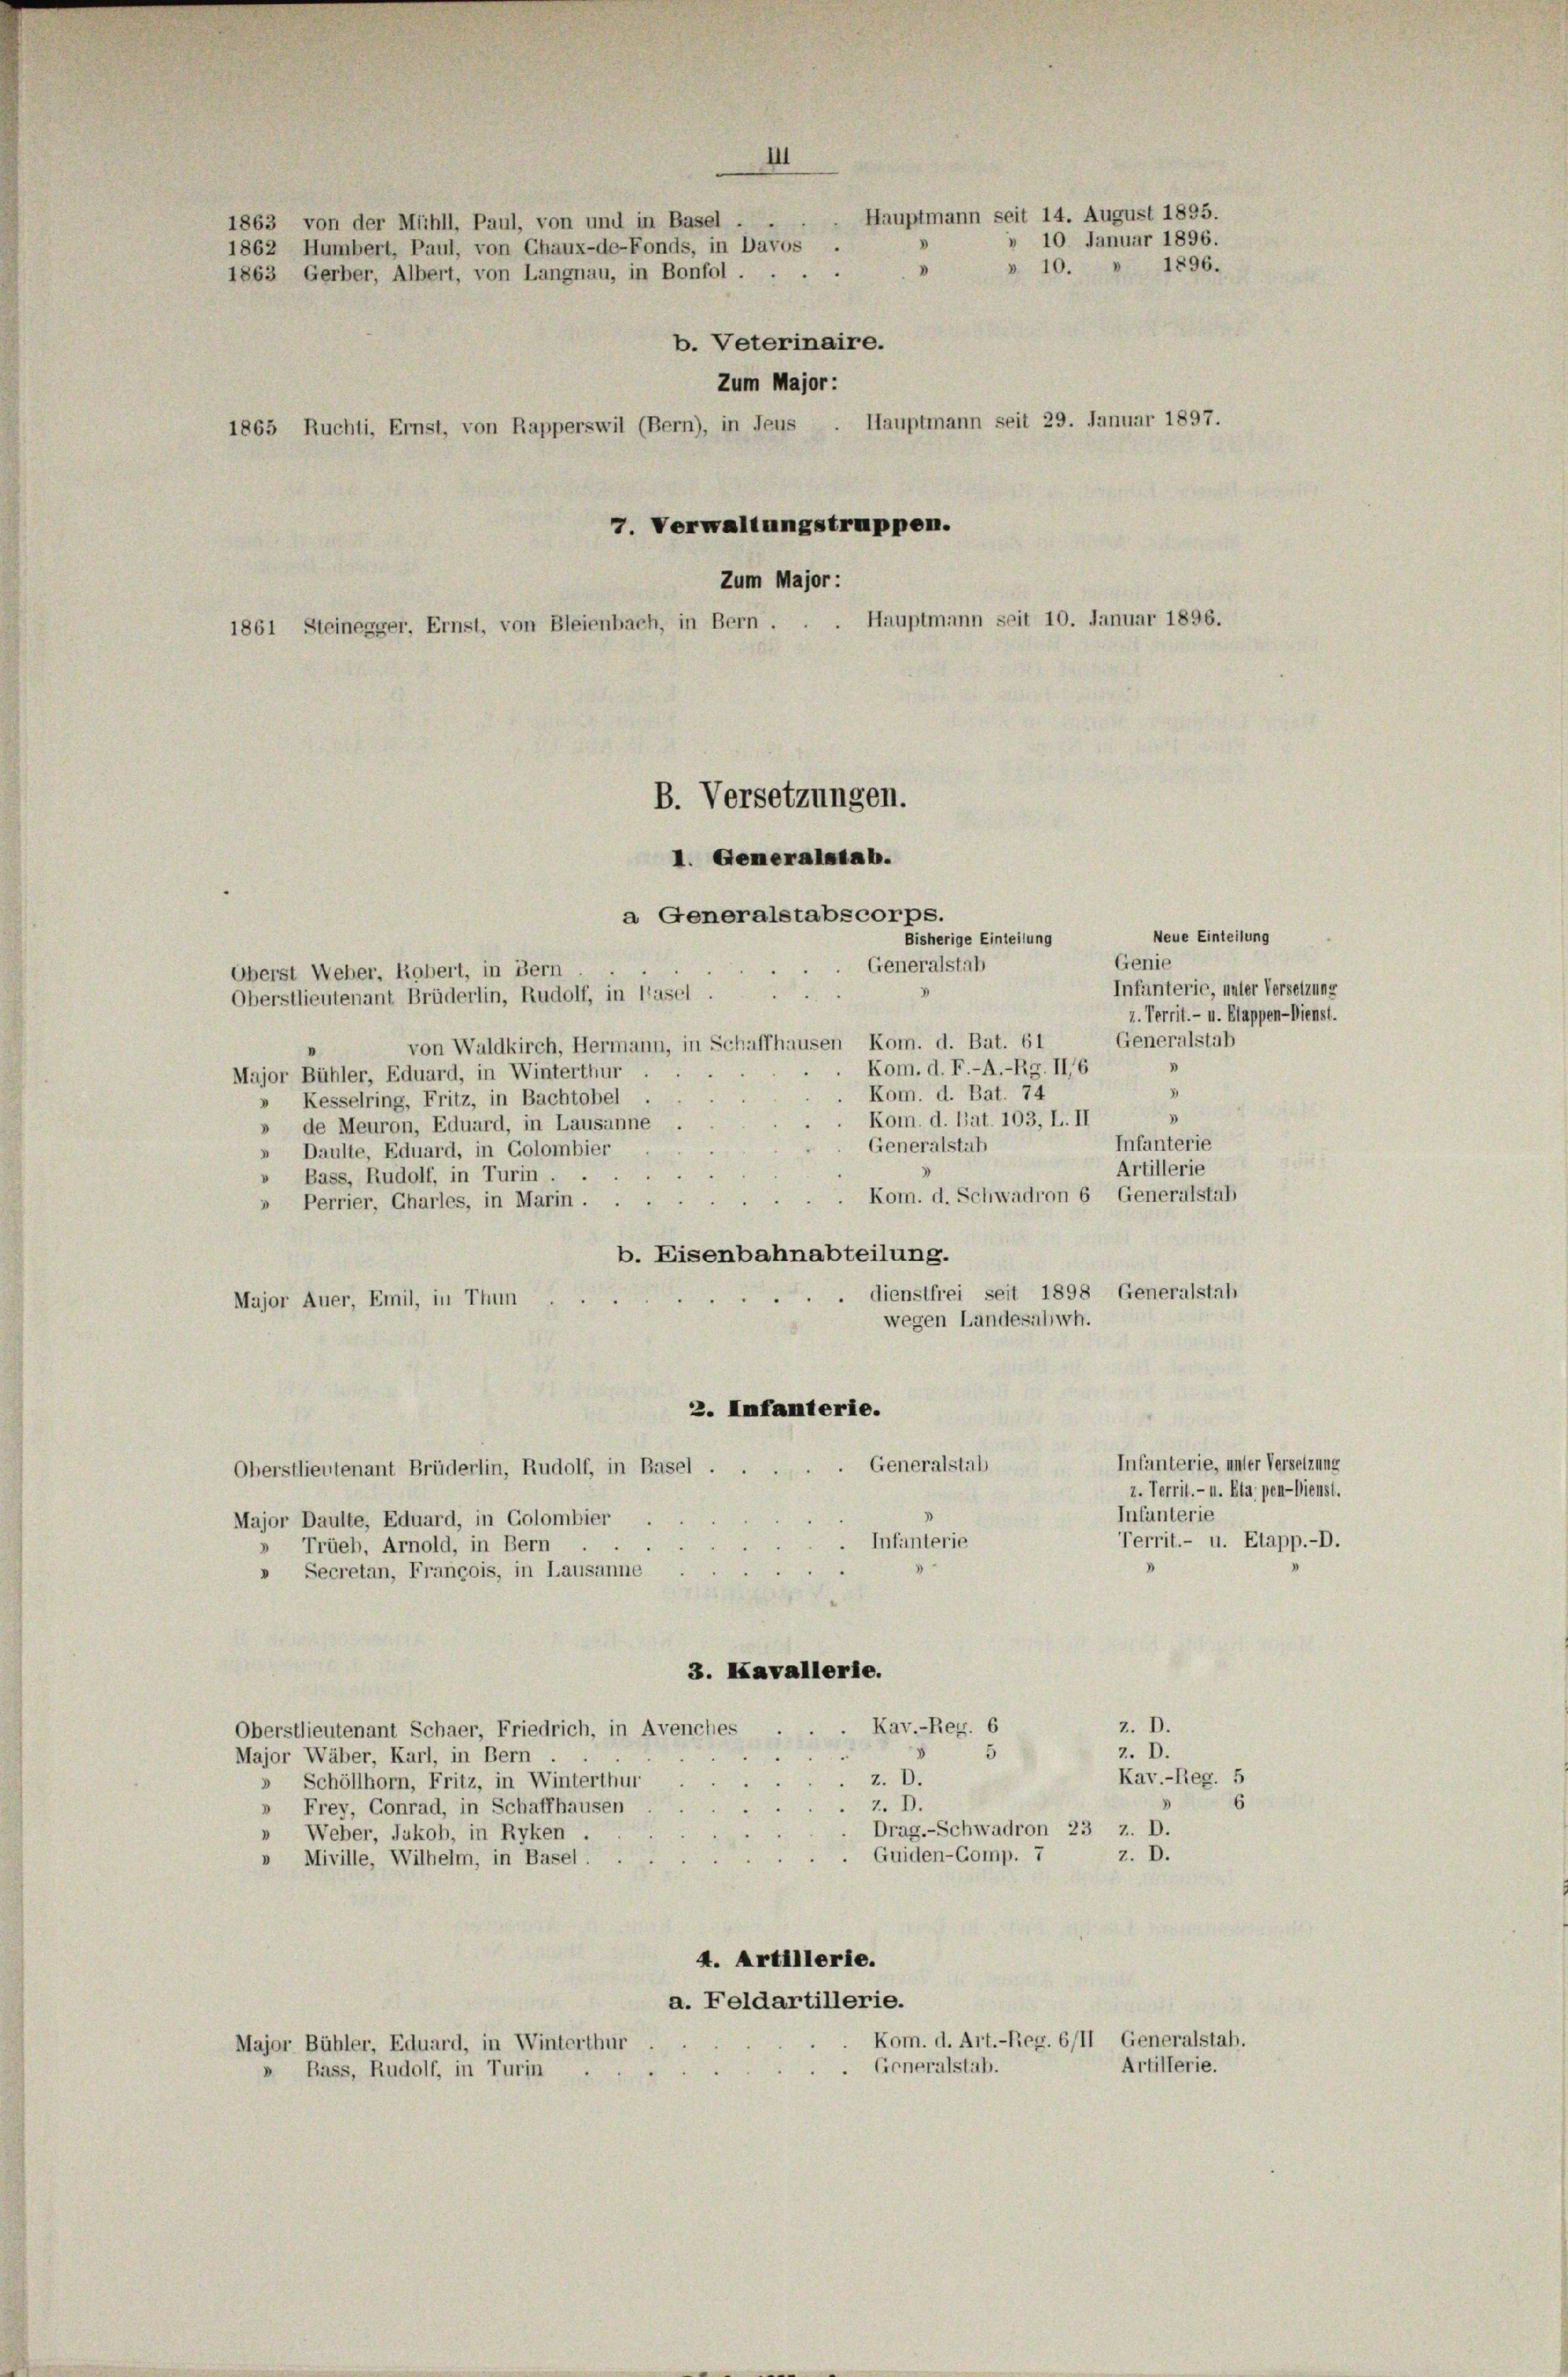
III
Hauptmann seit 14. August 1895.
1863 von der Mühll, Paul, von und in Basel
10. Januar 1896.
1862 Humbert, Paul, von Chaux-de-Fonds, in Davos
1896.
v 10.
V
1863 Gerber, Albert, von Langnau, in Bonfol
b. Veterinaire.
Zum Major:
1865 Ruchti, Ernst, von Rapperswil (Bern), in Jeus . Hauptmann seit 29. Januar 1897.
7. Verwaltungstruppen.
Zum Major :
Hauptmann seit 10. Januar 1896.
1861 Steinegger, Ernst, von Bleienbach, in Bern.

B. Versetzungen.
I. Generalstab.

a Generalstabscorps.
Bisherige Einteilung
Generalstab
Oberst Weber, Robert, in Bern
Oberstlieutenant Brüderlin, Rudolf, in lasel.
7. Territ. - u. Klappen-Dienst.
Generalstab
von Waldkirch, Hermann, in Schaffhausen Kom. d. Bat. 61
Kom. d. F.-A.-Rg. II,6
Major Bühler, Eduard, in Winterthur
"
Kom. d. Bat. 74
Kesselring, Fritz, in Bachtobel
3
Kom. d. lat. 103, L. II
» de Meuron, Eduard, in Lausanne
Infanterie
Generalstab
Daulte, Eduard, in Golombier
Artillerie
Bass, Rudolf, in Turin.
Kom. d. Schwadron 6 Generalstab
» Perrier, Charles, in Marin
b. Eisenbahnabteilung.
dienstfrei seit 1898 Generalstah
Major Auer, Emil, in Thun
wegen Landesabwh.
2. Imfamterie.
Infanterie, unter Versetzung
Generalstab
Oberstlieutenant Brüderlin, Rudolf, in Basel.
z. Territ.- u. Bla pen-Dienst.
Infunterie
Major Daulte, Eduard, in Colombier
Territ.- u. Etapp.-D.
 Infanterie
» Trüeb, Arnold, in Bern
» Secretan, François, in Lausanne
3. Kavallerie.
z. D.
Kav.-Reg. 6
Oberstlieutenant Schaer, Friedrich, in Avenches
5
z. D.
Major Wäber, Karl, in Bern
Kav.-Reg. 5
z. D.
» Schöllhorn, Fritz, in Winterthur
6
Z. D.
» Frey, Conrad, in Schaffhausen
Drag.-Schwadron 23 z. D.
» Weber, Jakob, in Ryken
Guiden-Comp. 7
z. D.
Miville, Wilhelm, in Basel.
V
4. Artillerie.
a. Feldartillerie.
Kom. d. Art.-Reg. 6/11 Generalstab.
Major Bühler, Eduard, in Winterthur
Generalstab.
Artillerie.
» Bass, Rudolf, in Turin

Neue Einteilung

Genie
Infanterie, unter Versetzung